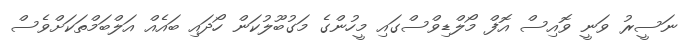
ނަސީރު ވަނީ ވޮއިސް އޮފް މޯލްޑިވްސްގައި މީހުންގެ މަގުބޫލުކަން ހޯދައި ބައެއް އަލްބަމްތަކަށްވެސް